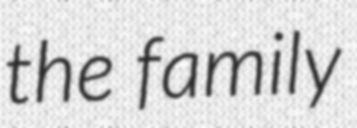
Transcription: the family